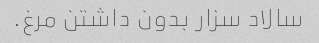
سالاد سزار بدون داشتن مرغ.